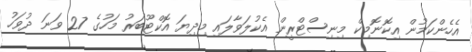
އެހެންކަމުން އިކޮނޮމިކް މިނިސްޓްރީން އެކުލަވާލައި މިދިޔަ އޮކްޓޫބަރު މަހުގެ 27 ވަނަ ދުވަހު